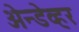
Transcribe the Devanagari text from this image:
अेन्डेव्हर